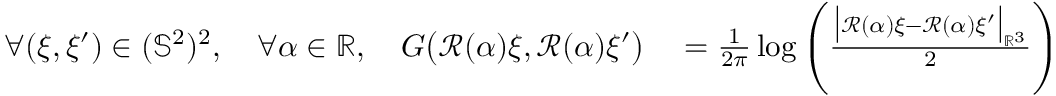
\begin{array} { r l } { \forall ( \xi , \xi ^ { \prime } ) \in ( \mathbb { S } ^ { 2 } ) ^ { 2 } , \quad \forall \alpha \in \mathbb { R } , \quad G \big ( \mathcal { R } ( \alpha ) \xi , \mathcal { R } ( \alpha ) \xi ^ { \prime } \big ) } & { { } = \frac { 1 } { 2 \pi } \log \left( \frac { \big | \mathcal { R } ( \alpha ) \xi - \mathcal { R } ( \alpha ) \xi ^ { \prime } \big | _ { \mathbb { R } ^ { 3 } } } { 2 } \right) } \end{array}